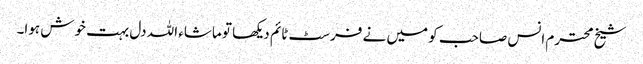
شیخ محترم انس صاحب کو میں نے فرسٹ ٹائم دیکھا تو ماشاء اللہ دل بہت خوش ہوا۔